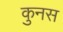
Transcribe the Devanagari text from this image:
कुनस